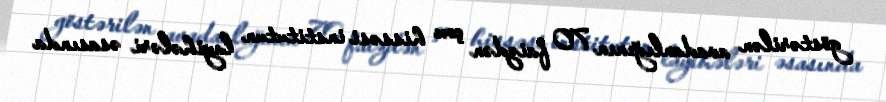
göstərilən avadanlığının 70 faizdən çox hissəsi institutun layihələri əsasında